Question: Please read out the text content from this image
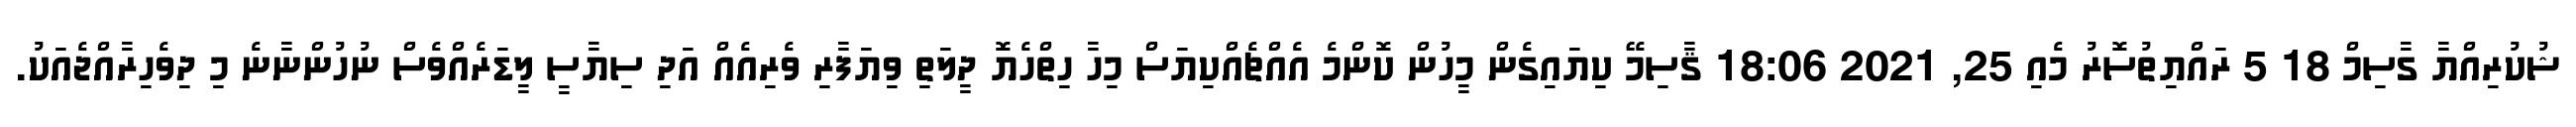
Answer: ޝުކުރިއްޔާ ގާސިމް 18 5 ރައްޔިތުސޮރު މެއި 25, 2021 18:06 ޤާސިމޭ ކިޔައިގެން މީހުން ކޮންމެ އެއްޗެއްކިޔަސް މިހާ ހިތްހެޔޮ ދީލަތި ވިޔަފާރި ވެރިއެއް އަދި ސިޔާސީ ލީޑަރެއްވެސް ނުހުންނާނެ މި ދިވެހިރާއްޖެއަކު.